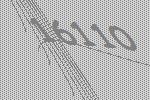
16110